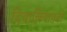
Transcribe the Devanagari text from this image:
दिवालियापनों